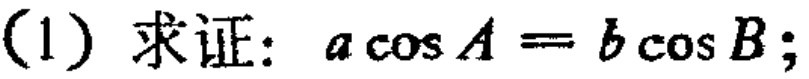
(1) 求证：\(a\cos A = b\cos B\);